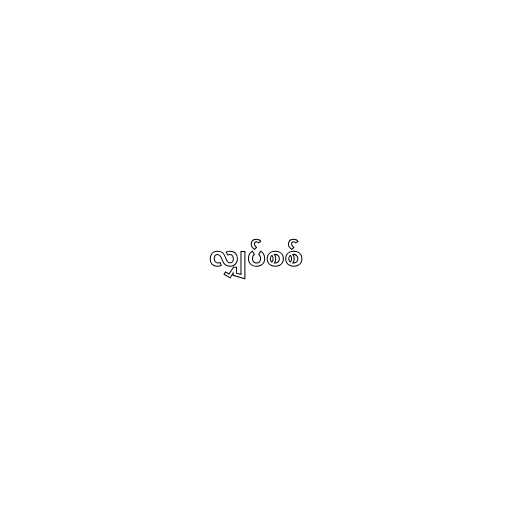
လျှပ်စစ်